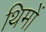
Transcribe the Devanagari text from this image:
थिमों